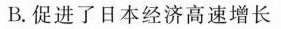
B.促进了日本经济高速增长